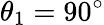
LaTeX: \theta_{1}=90^{\circ}